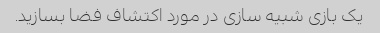
یک بازی شبیه سازی در مورد اکتشاف فضا بسازید.